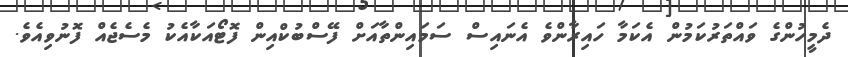
ދެމީހުންގެ ވައްތަރުކަމުން އެކަމާ ހައިރާންވެ އެނައިސް ސަމައިންތާއަށް ފޭސްބުކްއިން ފޮޓޯއަކާއެކު މެސެޖެއް ފޮނުވިއެވެ.